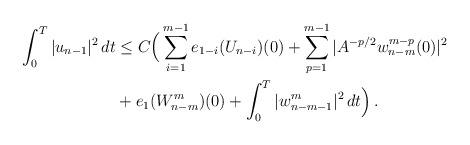
LaTeX: \begin{align*}\int_0^T |u_{n-1}|^2 \,dt & \le C\Big(\sum_{i=1}^{m-1} e_{1-i}(U_{n-i})(0) + \sum_{p=1}^{m-1} |A^{-p/2} w_{n-m}^{m-p}(0)|^2 \\&+ e_1(W^{m}_{n-m})(0) + \int_0^T |w_{n-m-1}^{m}|^2\,dt\Big) \,.\end{align*}